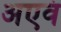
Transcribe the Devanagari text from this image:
अएवं